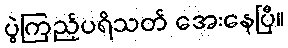
ပွဲကြည့်ပရိသတ် အေးနေပြီ။